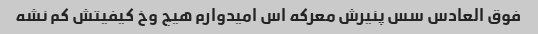
فوق العادس سس پنیرش معرکه اس امیدوارم هیچ وخ کیفیتش کم نشه